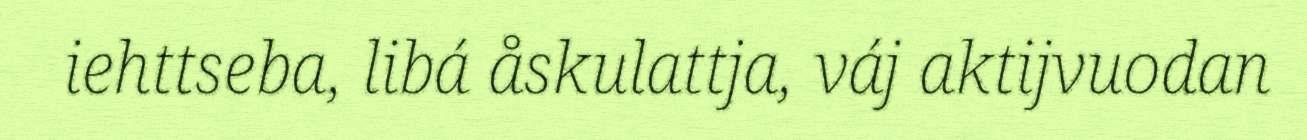
iehttseba, libá åskulattja, váj aktijvuodan